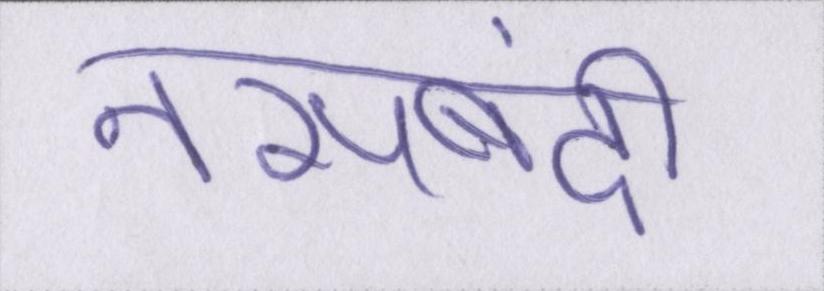
नसबंदी